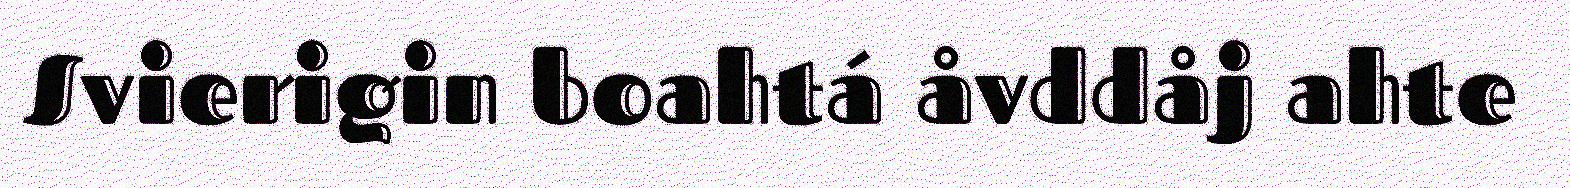
Svierigin boahtá åvddåj ahte